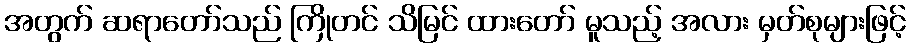
အတွက် ဆရာတော်သည် ကြိုတင် သိမြင် ထားတော် မူသည့် အလား မှတ်စုများဖြင့်